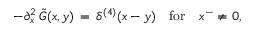
- \partial _ { x } ^ { 2 } \, \tilde { G } ( x , y ) \, = \, \delta ^ { ( 4 ) } ( x - y ) \quad \mathrm { f o r } \quad x ^ { - } \ne 0 ,